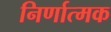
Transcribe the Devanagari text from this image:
निर्णात्मक